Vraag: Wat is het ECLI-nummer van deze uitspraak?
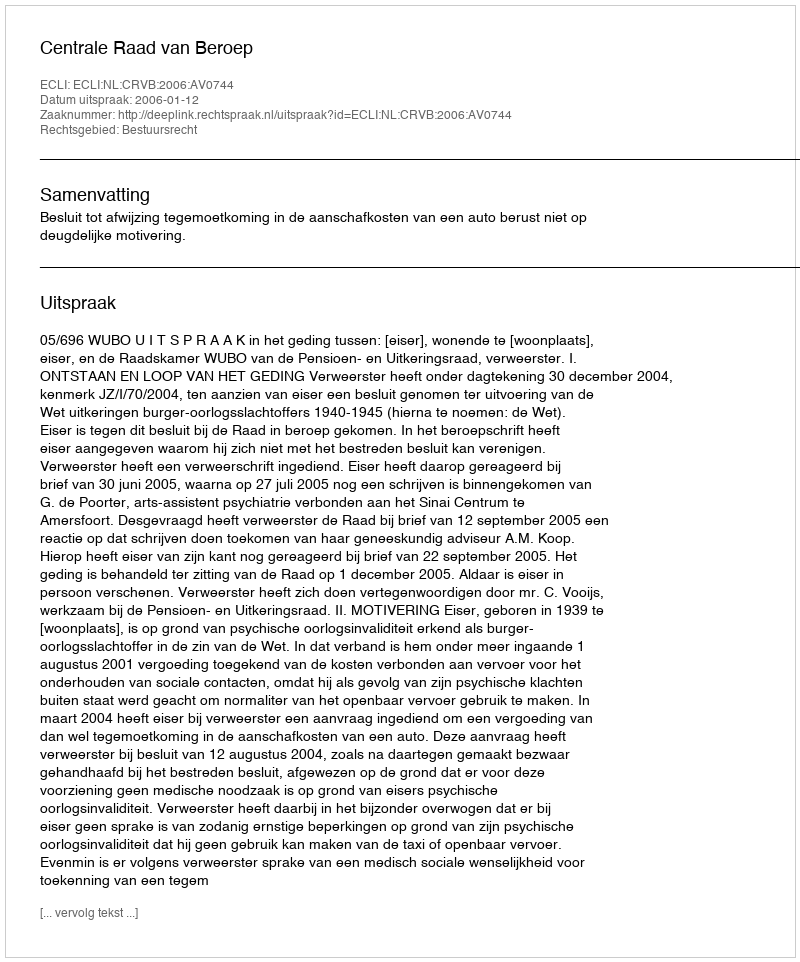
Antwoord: ECLI:NL:CRVB:2006:AV0744